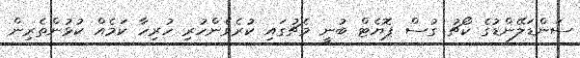
ސަންޑަލޭންޑުގެ ކޯޗު ގުސް ޕޮޔެޓް ބުނީ މެޗުގައި ކުރެވެންހުރި ހުރިހާ ކަމެއް ކުޅުންތެރިން